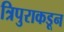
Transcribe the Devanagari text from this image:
त्रिपुराकडून